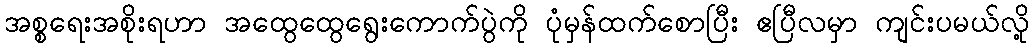
အစ္စရေးအစိုးရဟာ အထွေထွေရွေးကောက်ပွဲကို ပုံမှန်ထက်စောပြီး ဧပြီလမှာ ကျင်းပမယ်လို့